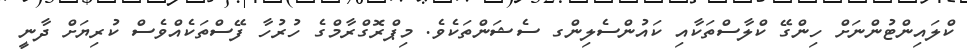
ކްލައިންޓުންނަށް ހިންގޭ ކްލާސްތަކާއި ކައުންސެލިންގ ސެޝަންތަކެވެ. މިޕްރޮގްރާމްގެ ހުރުހާ ފޭސްތަކެއްވެސް ކުރިޔަށް ދާނީ